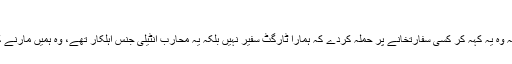
فاروقی صاحب کا دوسرا سوال
”کیا کسی عسکری تنظیم کو یہ حق ہوگا کہ وہ یہ کہہ کر کسی سفارتخانے پر حملہ کردے کہ ہمارا ٹارگٹ سفیر نہیں بلکہ یہ محارب انٹیلی جنس اہلکار تھے، وہ ہمیں مارنے کے مشن پر تھے سو ہم نے انہیں مار دیا؟